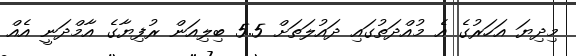
މިދިޔަ އަހަރުގެ އެ މުއްދަތުގައި ދައުލަތަށް 5.5 ބިލިއަން ރުފިޔާގެ އާމްދަނީ އެއް